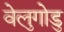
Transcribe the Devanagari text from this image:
वेलुगोडु